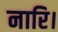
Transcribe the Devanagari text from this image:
नारि।